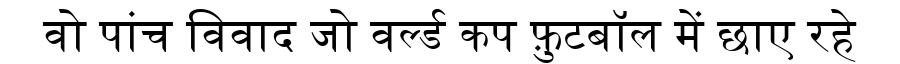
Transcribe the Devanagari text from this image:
वो पांच विवाद जो वर्ल्ड कप फ़ुटबॉल में छाए रहे